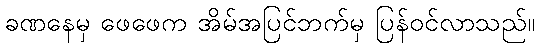
ခဏနေမှ ဖေဖေက အိမ်အပြင်ဘက်မှ ပြန်ဝင်လာသည်။